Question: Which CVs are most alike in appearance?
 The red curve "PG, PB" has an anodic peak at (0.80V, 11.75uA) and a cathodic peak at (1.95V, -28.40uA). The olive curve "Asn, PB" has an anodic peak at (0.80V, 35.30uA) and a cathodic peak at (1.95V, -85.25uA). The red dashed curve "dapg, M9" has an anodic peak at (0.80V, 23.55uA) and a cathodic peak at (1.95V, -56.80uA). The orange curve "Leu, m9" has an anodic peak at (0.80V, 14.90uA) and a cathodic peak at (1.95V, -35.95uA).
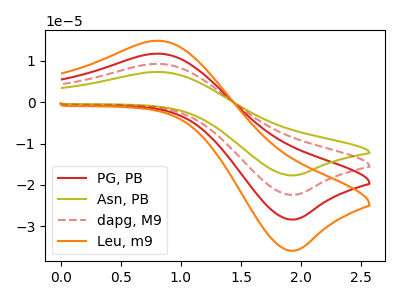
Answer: <think>All the peaks in "PG, PB" have a peak in "Asn, PB" at the same potential. Every peak in "PG, PB" is lower than every peak in "Asn, PB". All the peaks in "PG, PB" have a peak in "dapg, M9" at the same potential. Every peak in "PG, PB" is lower than every peak in "dapg, M9". All the peaks in "PG, PB" have a peak in "Leu, m9" at the same potential. Every peak in "PG, PB" is lower than every peak in "Leu, m9". All the peaks in "Asn, PB" have a peak in "dapg, M9" at the same potential. Every peak in "Asn, PB" is higher than every peak in "dapg, M9". All the peaks in "Asn, PB" have a peak in "Leu, m9" at the same potential. Every peak in "Asn, PB" is higher than every peak in "Leu, m9". All the peaks in "dapg, M9" have a peak in "Leu, m9" at the same potential. Every peak in "dapg, M9" is higher than every peak in "Leu, m9".
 </think>
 <answer>"Leu, m9", "PG, PB", "Asn, PB" and "dapg, M9" have the same shape and are likely CV's of the same chemical.</answer>
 <eval>"Leu, m9" "PG, PB" "Asn, PB" "dapg, M9"</eval>